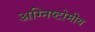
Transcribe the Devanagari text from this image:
अग्निष्टोमीय